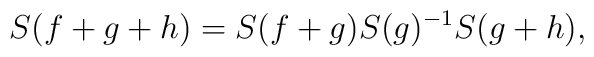
S(f+g+h)=S(f+g)S(g)^{-1}S(g+h),